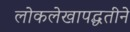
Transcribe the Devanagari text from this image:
लोकलेखापद्धतीने